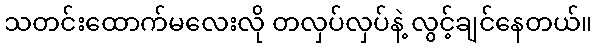
သတင်းထောက်မလေးလို တလှပ်လှပ်နဲ့ လွင့်ချင်နေတယ်။